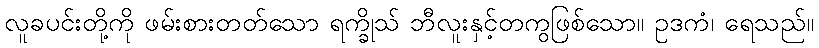
လူခပင်းတို့ကို ဖမ်းစားတတ်သော ရက္ခိုသ် ဘီလူးနှင့်တကွဖြစ်သော။ ဥဒကံ၊ ရေသည်။